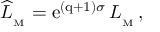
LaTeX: \widehat { \cal L } _ { _ \mathrm { M } } = \mathrm { e } ^ { { ( \mathrm { q + 1 ) } } \sigma } \, { \cal L } _ { _ \mathrm { M } } \, ,